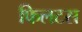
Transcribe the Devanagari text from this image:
फिलटस